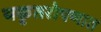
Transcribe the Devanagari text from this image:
यकृतरोपणात